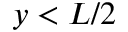
y < L / 2